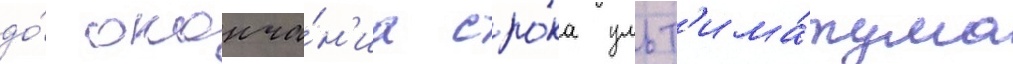
до́ оконча́н'иа сро́ка ульт'има́тума